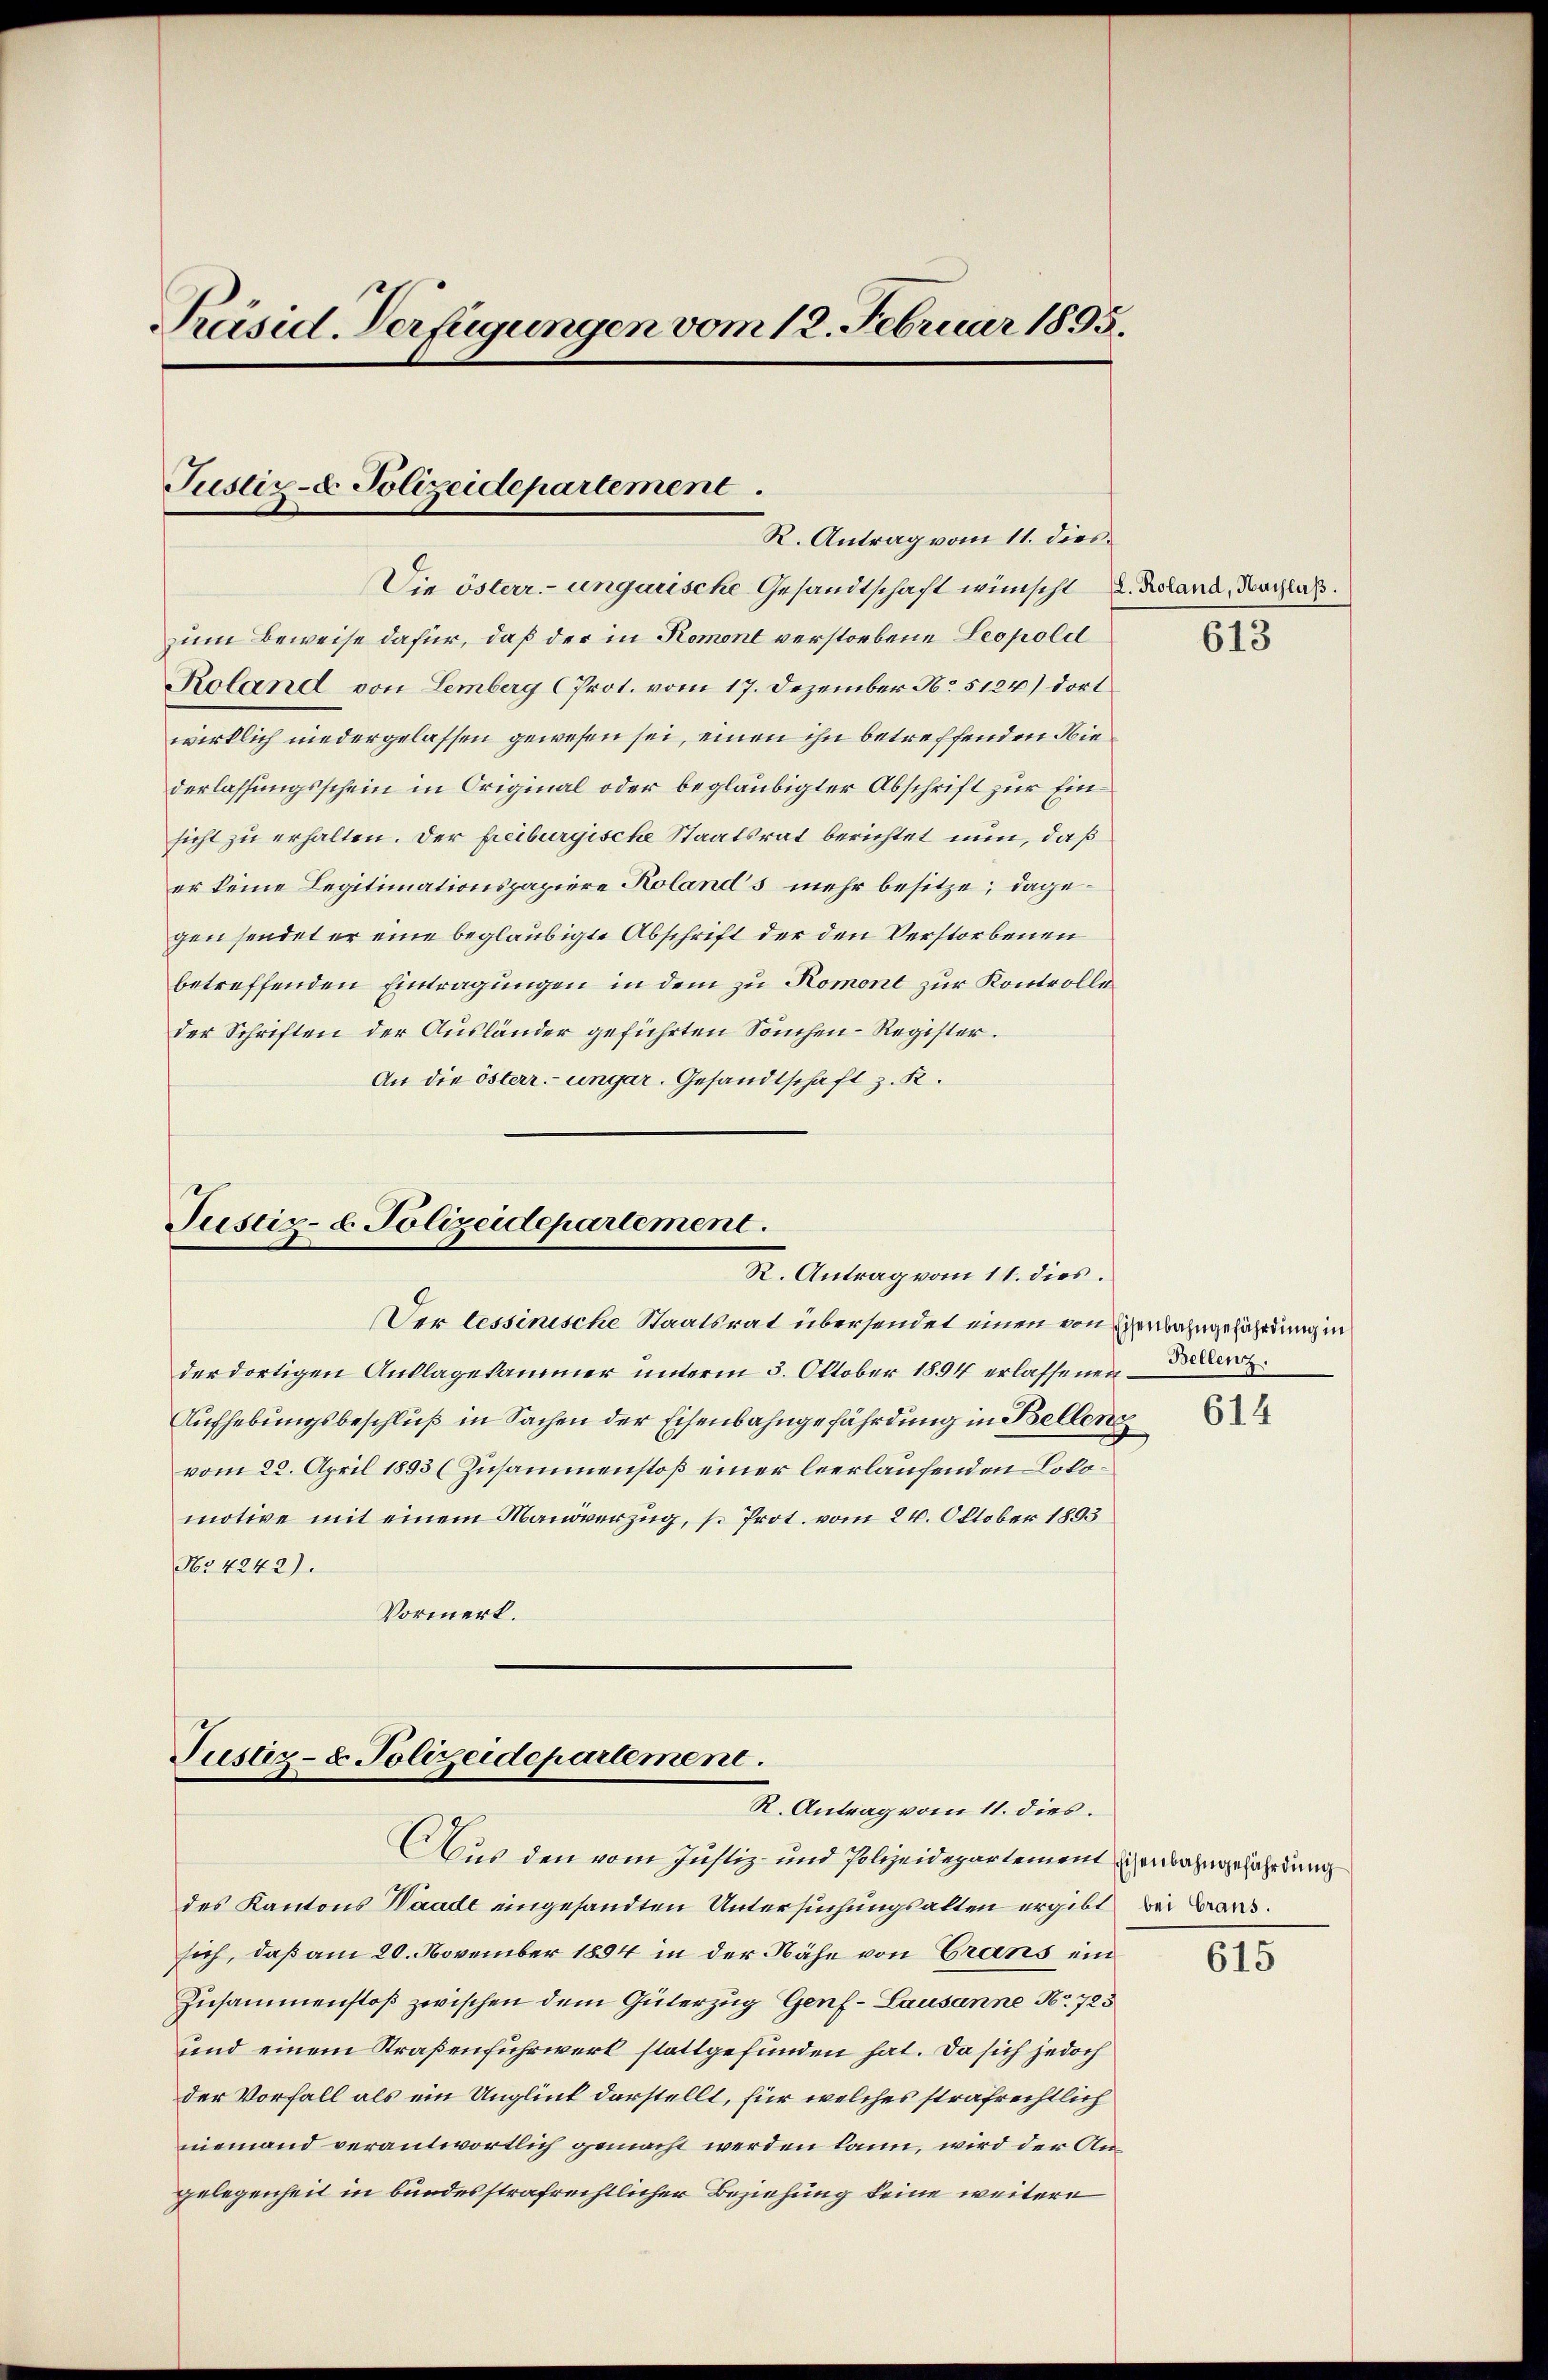
Präsid. Verfügungen vom 12. Februar 1895.

zum Beweise dafür, daß der in Romont verstorbene Leopold
Roland von Lemberg (Prot. vom 17. Dezember No 5124) dort
wirklich niedergelassen gewesen sei, einen ihn betreffenden Niederlassungsschein in Original oder beglaubigter Abschrift zur Einsicht zu erhalten. Der freiburgische Staatsrat berichtet nun, daß
er keine Legitimationspapiere Kolands mehr besitze; dagegen sendet er eine beglaubigte Abschrift der den Verstorbenen
betreffenden Eintragungen in dem zu Romont zur Kontrolleder Schriften der Ausländer geführten Souchen-Register.
An die österr. ungar. Gesandtschaft z. R.

Justiz- & Polizeidepartement.
R. Antrag vom 11. dies

Die österr.-ungarische Gesandtschaft wünscht D. Reland, Nachlaß.

Pustiz- u. Polizeidepartement.
R. Antrag vom 11. dies.

Der tessinische Staatsrat übersendet einen von Seebahngefährdung in
der dortigen Anklagekammer unterm 3. Oktober 1894 erlassenen der
Aufhebungsbeschluß in Sachen der Eisenbahngefährdung in Bellen
vom 22. April 1893 (Zusammenstoß einer leerlaufenden Lokomotive mit einem Manöverzug, s. Prot. vom 24. Oktober 1893
No 4242).
Vormerk.

Justiz- & Polizeidepartement.
R. Antrag vom 11. dies.

Aus den vom Justiz- und Polizeidepartement sichenbahngefährdung
des Kantons Waadt eingesandten Untersuchungsalten ergibt bei Bausich, daß am 20. November 1894 in der Nähe von Grans ein
Zusammenstoß zwischen dem Güterzug Genf- Lausanne No 723
und einem Straßenfuhrwerk stattgefunden hat. Da sich jedoch
der Vorfall als ein Unglück darstellt, für welches strafrechtlich
niemand verantwortlich gemacht werden kann, wird der Angelegenheit in bundesstrafrechtlicher Beziehung keine weitere

613

615